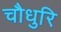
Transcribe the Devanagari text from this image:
चौधुरि